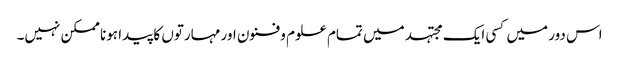
اس دور میں کسی ایک مجتہد میں تمام علوم و فنون اور مہارتوں کا پیدا ہونا ممکن نہیں۔